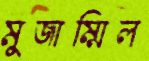
মুজাম্মিল